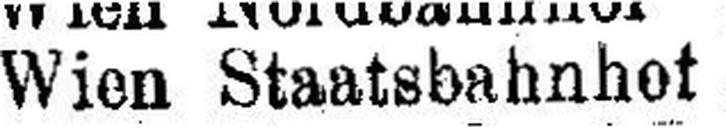
Wien Staatsbahnhof